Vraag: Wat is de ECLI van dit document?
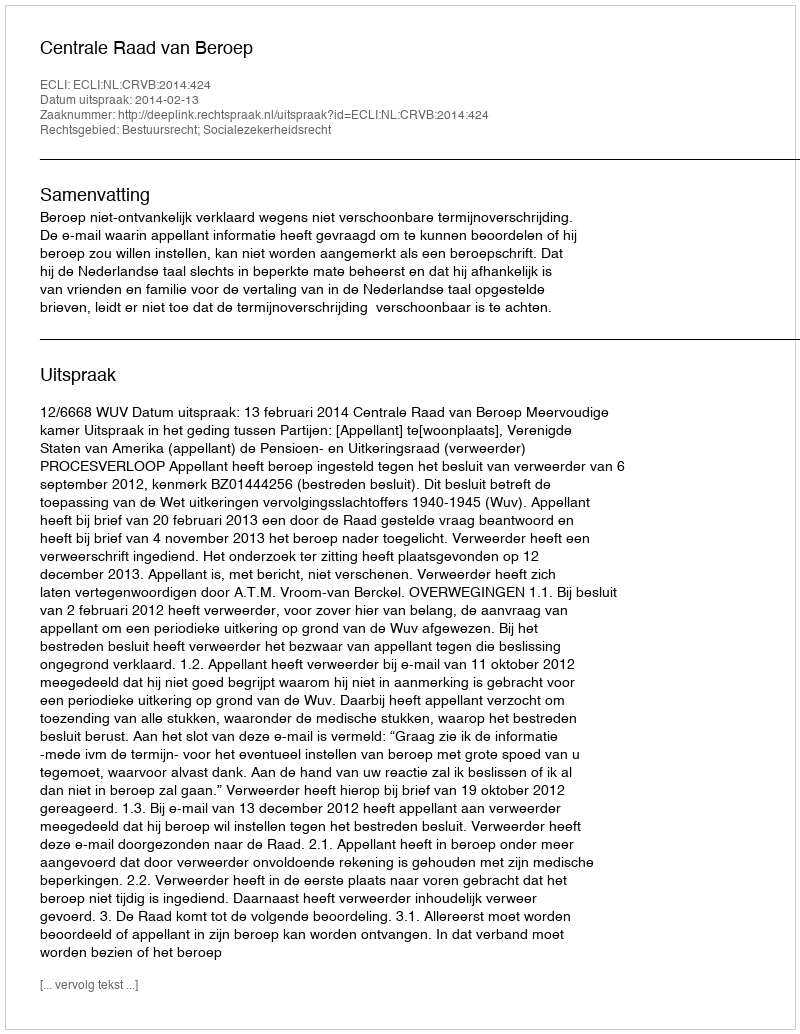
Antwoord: ECLI:NL:CRVB:2014:424